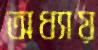
অধ্যায়